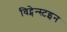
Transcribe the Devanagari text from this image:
विट्गेन्स्टइन